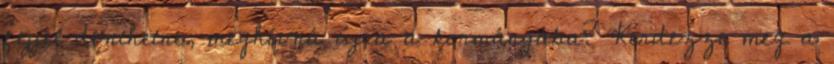
fejjel dönthetne, meghívná újra a kormányába? Kérdezze meg a